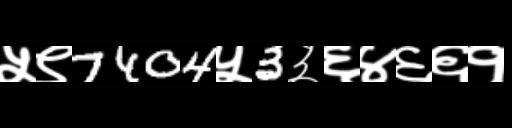
Text: ५९7404५3३६४६६१